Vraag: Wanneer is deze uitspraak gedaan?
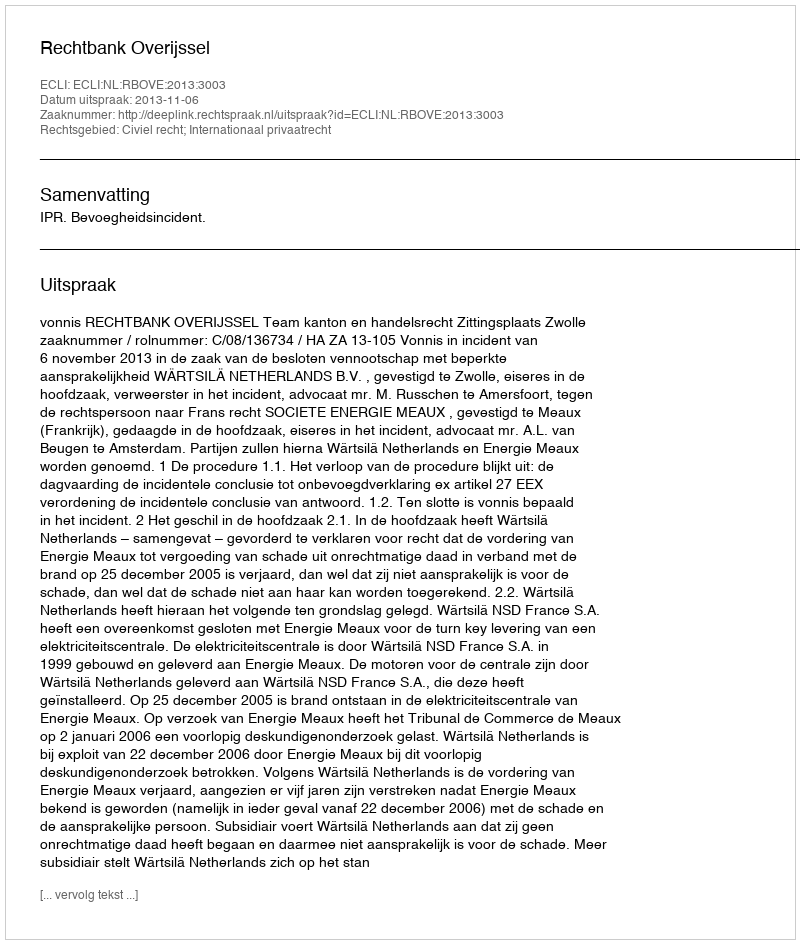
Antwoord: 2013-11-06